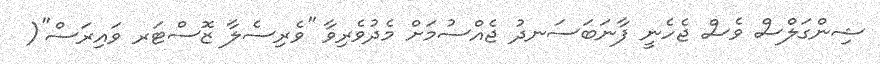
ޝިންގަލްސް ވެސް ޖެހެނީ ފާނަބަސަނދު ޖެއްސުމަށް މެދުވެރިވާ ''ވެރިސެލާ ޒޮސްޓަރ ވައިރަސް''(